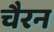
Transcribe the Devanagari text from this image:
चैरन